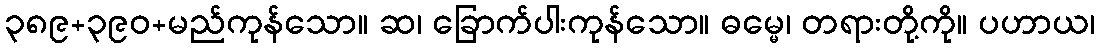
၃၈၉+၃၉၀+မည်ကုန်သော။ ဆ၊ ခြောက်ပါးကုန်သော။ ဓမ္မေ၊ တရားတို့ကို။ ပဟာယ၊